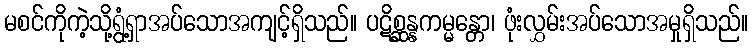
မစင်ကိုကဲ့သို့ရွံ့ရှာအပ်သောအကျင့်ရှိသည်။ ပဋိစ္ဆန္နကမ္မန္တော၊ ဖုံးလွှမ်းအပ်သောအမှုရှိသည်။